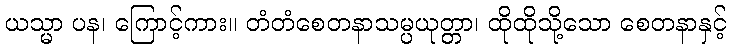
ယသ္မာ ပန၊ ကြောင့်ကား။ တံတံစေတနာသမ္ပယုတ္တာ၊ ထိုထိုသို့သော စေတနာနှင့်